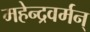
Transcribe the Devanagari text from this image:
महेन्द्रवर्मन्